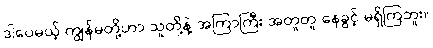
ဒါပေမယ့် ကျွန်မတို့ဟာ သူတို့နဲ့ အကြာကြီး အတူတူ နေခွင့် မရှိကြဘူး။